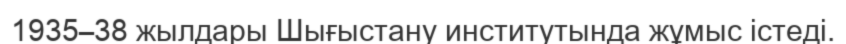
1935–38 жылдары Шығыстану институтында жұмыс істеді.